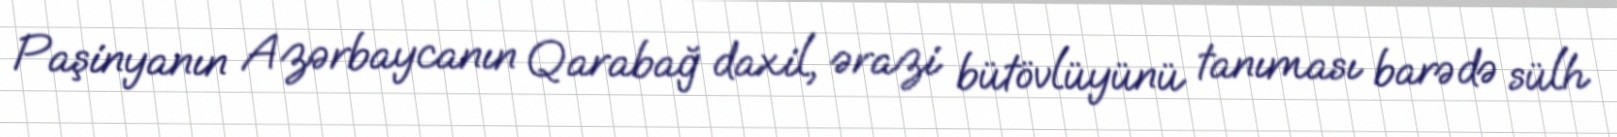
Paşinyanın Azərbaycanın Qarabağ daxil, ərazi bütövlüyünü tanıması barədə sülh